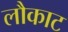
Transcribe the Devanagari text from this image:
लौकाट